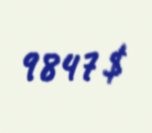
9847 $